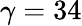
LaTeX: \gamma=34